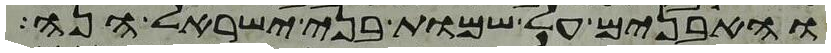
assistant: והאבנים על שמות בני ישראל הנה